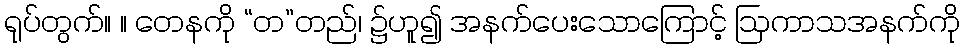
ရုပ်တွက်။ ။ တေနကို “တ”တည်၊ ၌ဟူ၍ အနက်ပေးသောကြောင့် ဩကာသအနက်ကို